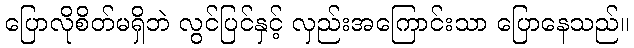
ပြောလိုစိတ်မရှိဘဲ လွင်ပြင်နှင့် လှည်းအကြောင်းသာ ပြောနေသည်။